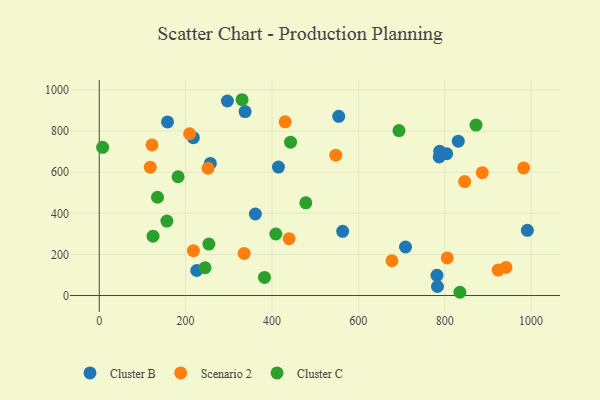
{"axis": {"x": "Engine Size", "y": "Profit"}, "legend": ["Cluster B", "Cluster C", "Scenario 2"], "data": [{"x": "414.9", "y": 624.9, "type": "Cluster B"}, {"x": "296.8", "y": 946.2, "type": "Cluster B"}, {"x": "782.1", "y": 98.1, "type": "Cluster B"}, {"x": "361.5", "y": 396.7, "type": "Cluster B"}, {"x": "788.4", "y": 701.9, "type": "Cluster B"}, {"x": "225.7", "y": 121.8, "type": "Cluster B"}, {"x": "991.4", "y": 317.1, "type": "Cluster B"}, {"x": "158.1", "y": 844.6, "type": "Cluster B"}, {"x": "563.7", "y": 312.4, "type": "Cluster B"}, {"x": "337.7", "y": 895.0, "type": "Cluster B"}, {"x": "709.2", "y": 236.1, "type": "Cluster B"}, {"x": "554.5", "y": 871.7, "type": "Cluster B"}, {"x": "217.9", "y": 768.0, "type": "Cluster B"}, {"x": "787.2", "y": 674.0, "type": "Cluster B"}, {"x": "804.5", "y": 689.9, "type": "Cluster B"}, {"x": "257.2", "y": 642.7, "type": "Cluster B"}, {"x": "831.4", "y": 750.9, "type": "Cluster B"}, {"x": "783.2", "y": 43.8, "type": "Cluster B"}, {"x": "122.2", "y": 732.5, "type": "Scenario 2"}, {"x": "439.7", "y": 276.7, "type": "Scenario 2"}, {"x": "335.6", "y": 204.8, "type": "Scenario 2"}, {"x": "982.8", "y": 620.8, "type": "Scenario 2"}, {"x": "805.8", "y": 182.8, "type": "Scenario 2"}, {"x": "251.8", "y": 619.2, "type": "Scenario 2"}, {"x": "209.2", "y": 786.9, "type": "Scenario 2"}, {"x": "846.2", "y": 554.3, "type": "Scenario 2"}, {"x": "118.2", "y": 624.6, "type": "Scenario 2"}, {"x": "677.7", "y": 169.2, "type": "Scenario 2"}, {"x": "941.8", "y": 136.8, "type": "Scenario 2"}, {"x": "547.7", "y": 682.9, "type": "Scenario 2"}, {"x": "218.0", "y": 218.4, "type": "Scenario 2"}, {"x": "430.5", "y": 845.2, "type": "Scenario 2"}, {"x": "923.7", "y": 123.8, "type": "Scenario 2"}, {"x": "887.0", "y": 597.7, "type": "Scenario 2"}, {"x": "872.4", "y": 829.2, "type": "Cluster C"}, {"x": "124.5", "y": 288.9, "type": "Cluster C"}, {"x": "134.9", "y": 478.0, "type": "Cluster C"}, {"x": "443.0", "y": 746.0, "type": "Cluster C"}, {"x": "7.8", "y": 720.9, "type": "Cluster C"}, {"x": "253.9", "y": 250.5, "type": "Cluster C"}, {"x": "382.6", "y": 87.9, "type": "Cluster C"}, {"x": "835.1", "y": 15.8, "type": "Cluster C"}, {"x": "182.5", "y": 577.7, "type": "Cluster C"}, {"x": "408.9", "y": 299.2, "type": "Cluster C"}, {"x": "156.6", "y": 362.1, "type": "Cluster C"}, {"x": "330.7", "y": 952.5, "type": "Cluster C"}, {"x": "694.1", "y": 802.3, "type": "Cluster C"}, {"x": "478.3", "y": 451.0, "type": "Cluster C"}, {"x": "245.0", "y": 135.1, "type": "Cluster C"}]}